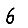
Digit: 6